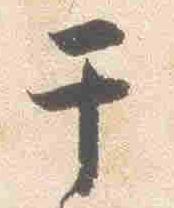
于